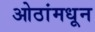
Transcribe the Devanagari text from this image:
ओठांमधून